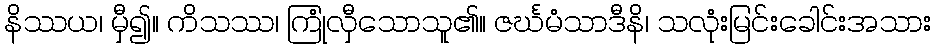
နိဿယ၊ မှီ၍။ ကိသဿ၊ ကြုံလှီသောသူ၏။ ဇင်္ဃမံသာဒီနိ၊ သလုံးမြင်းခေါင်းအသား